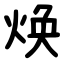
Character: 焕